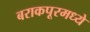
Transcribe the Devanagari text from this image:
बराकपूरमध्ये